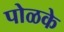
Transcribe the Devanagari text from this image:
पोळके